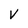
Character: v